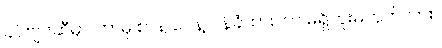
ခင်ဗျားဆီမှာ ဘာမှ စာနဲ့ ပေနဲ့ ဝန်ခံထားတာ မရှိဘူးမဟုတ်လား။